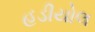
હડીયોલ